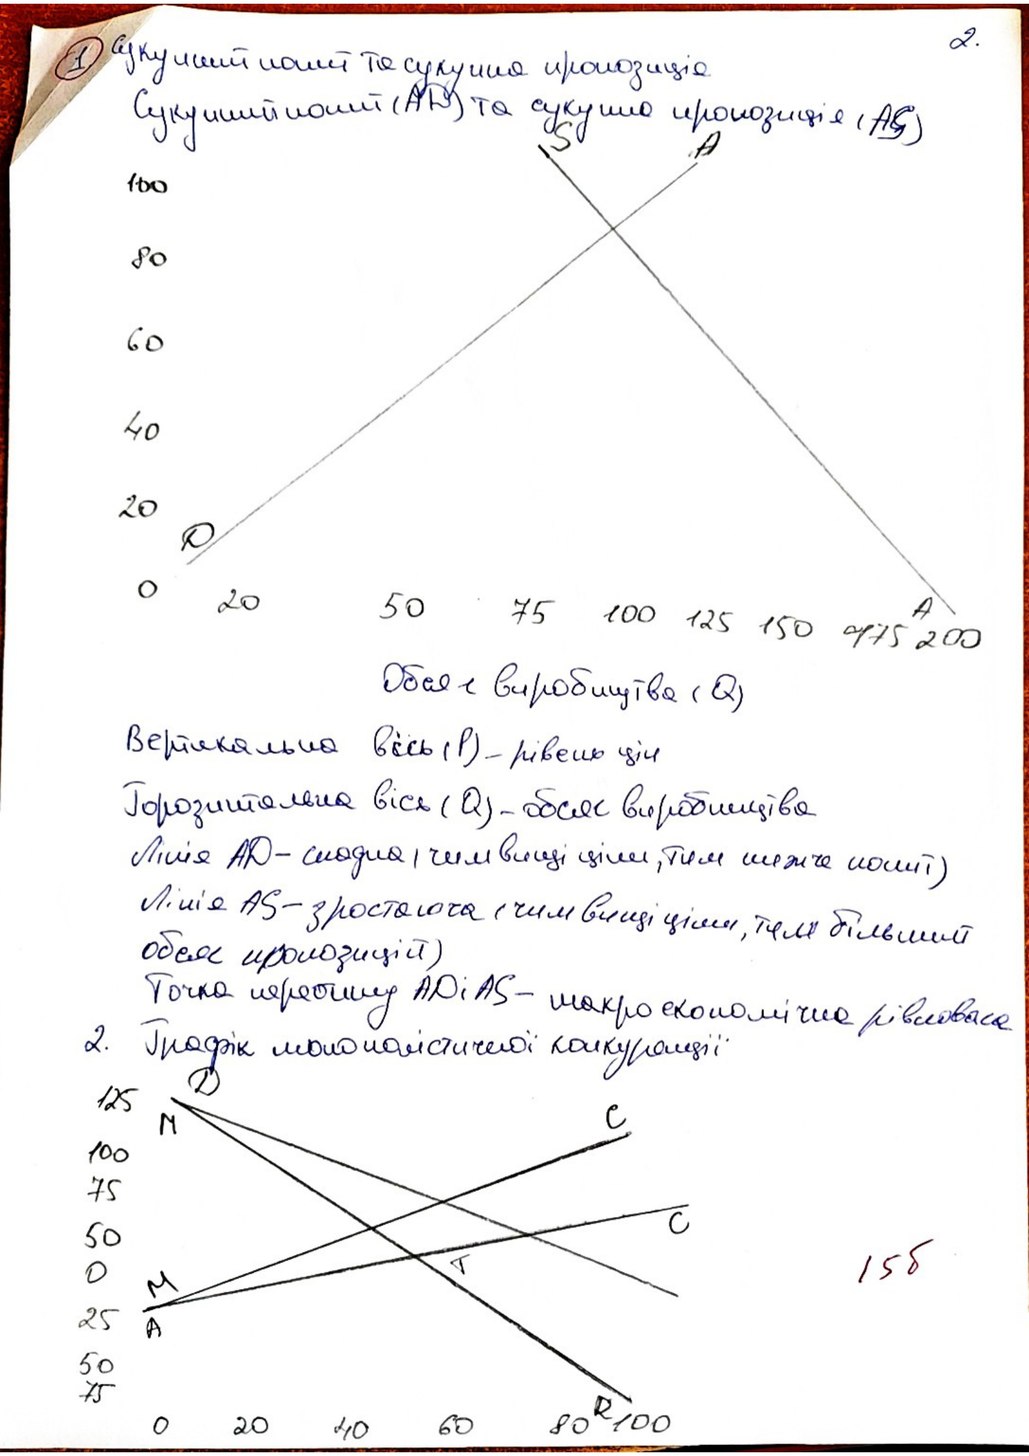
Сукупний попит та сукупна пропозиція
Сукупний попит (AD) та сукупна пропозиція (AS)
Обсяг виробництва (Q)
Вертикальна вісь (P) - рівень цін
Горизонтальна вісь (Q) - обсяг виробництва
Лінія AD - спадна (чим вищі ціни, тим нижче попит)
Лінія AS - зростаюча (чим вищі ціни, тим більший
обсяг пропозицій)
Точка перетину AD i AS - макроекономічна рівновага
2. Графік монополістичної конкуренції
158